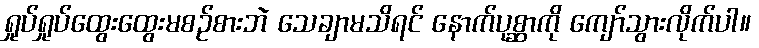
ရှုပ်ရှုပ်ထွေးထွေးမစဉ်စားဘဲ သေချာမသိရင် နောက်ပုစ္ဆာကို ကျော်သွားလိုက်ပါ။